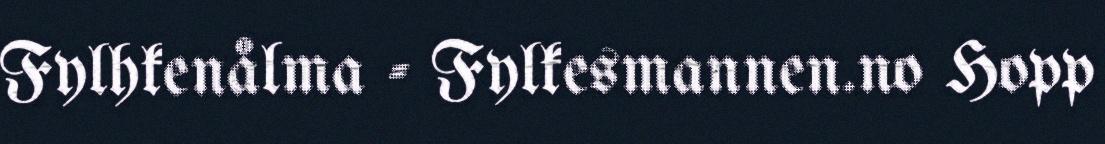
Fylhkenålma - Fylkesmannen.no Hopp